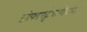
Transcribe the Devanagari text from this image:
झोपडपट्टीवासीयांना